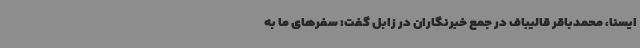
ایسنا، محمدباقر قالیباف در جمع خبرنگاران در زابل گفت: سفرهای ما به